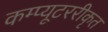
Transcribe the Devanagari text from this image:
कम्प्यूटररीकृत